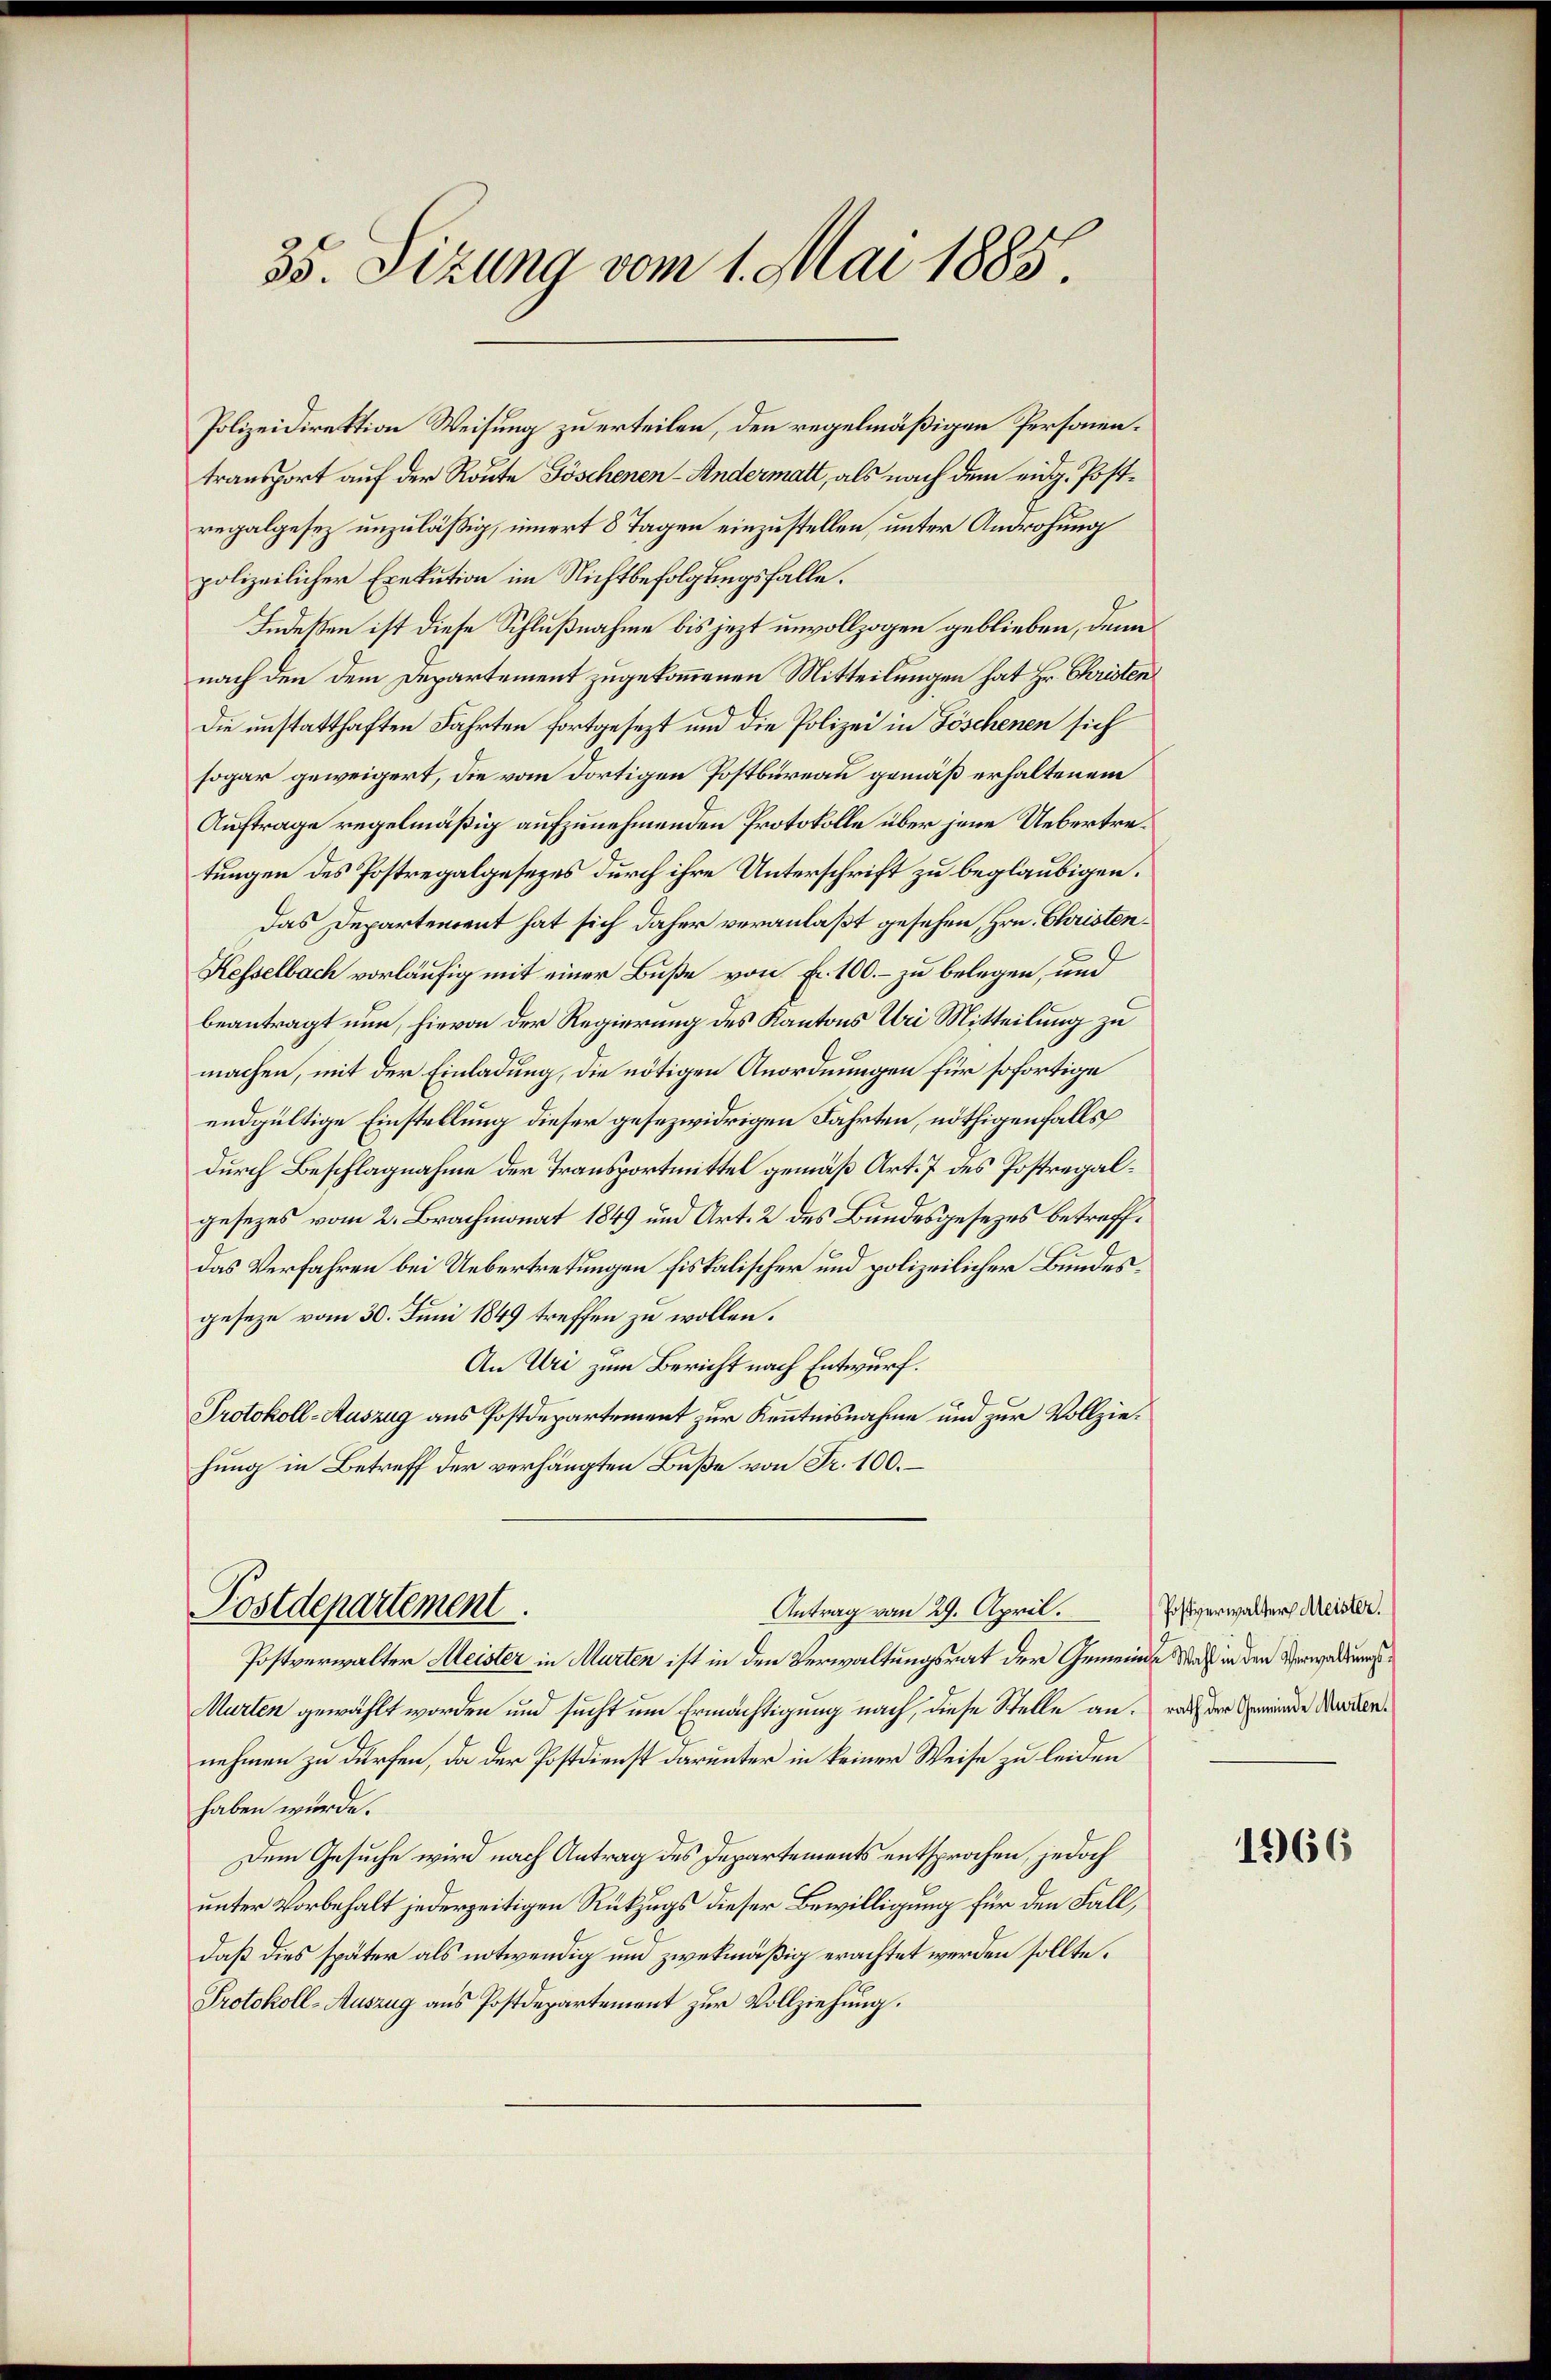
35. Sizung vom 1. Mai 1885

Polizeidirektion Weisung zu erteilen, den regelmäßigen Personentransport auf der Route Göschenen-Andermatt, als nach dem eidg. Postregalgesez unzuläßig, innert 8 Tagen einzustellen, unter Androhung
polizeilicher Exekution im Nichtbefolgungsfalle.
Indessen ist diese Schlußnahme bis jetzt unvollzogen geblieben, denn
nach den dem Departement zugekommenen Mitteilungen hat Hr. Christen
Die unstatthaften Fahrten fortgesezt und die Polizei in Göschenen sich
sogar geweigert, die vom dortigen Postbureau gemäß erhaltenem
Auftrage regelmäßig aufzunehmenden Protokolle über jene Uebertretungen des Postregalgesezes durch ihre Unterschrift zu beglaubigen.
Das Departement hat sich daher veranlaßt gesehen, Hrn. Christen¬
Kesselbach vorläufig mit einer Buße von Fr. 100. – zu belegen, und
beantragt nun, hievon der Regierung des Kantons Uri Mitteilung zu
machen, mit der Einladung, die nötigen Anordnungen für sofortige
endgültige Einstellung dieser gesezwidrigen Fahrten, nöthigenfalls
durch Beschlagnahme der Transportmittel gemäß Art. 7 des Postregalgesezes vom 2. Brachmonat 1849 und Art. 2 des Bundesgesezes betreff¬
Das Verfahren bei Uebertretungen fiskalischer und polizeilicher Bundesgeseze vom 30. Juni 1849 treffen zu wollen.
An Uri zum Bericht nach Entwurf.
Protokoll-Auszug aus Postdepartement zur Kenntnisnahme und zur Vollziehung in Betreff der verhängten Buße von Fr. 100. –
Postdepartement.
Antrag vom 29. April.
Postverwalter Meister in Murten ist in den Verwaltungsrat der Gemeinde Was in den Verwaltungs¬
Murten gewählt worden und sucht um Ermächtigung nach, diese Stelle an. Da der Gemeinde Mauernehmen zu dürfen, da der Postdienst darunter in keiner Weise zu leiden
haben würde.
Dem Gesuche wird nach Antrag des Departements entsprochen, jedoch
unter Vorbehalt jederzeitigen Rükzugs dieser Bewilligung für den Fall,
daß dies später als notwendig um zwekmäßig erachtet werden sollte.
Protokoll-Auszug aus Postdepartement zur Vollziehung.

Postverwalter Meister.

1966